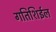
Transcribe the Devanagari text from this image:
गतिशिईल